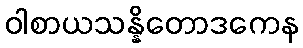
ဝါစာယသန္နိတောဒကေန